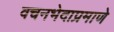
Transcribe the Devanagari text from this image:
वचनभेदाप्रमाणे